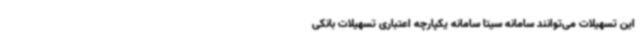
این تسهیلات می‌توانند سامانه سیتا سامانه یکپارچه اعتباری تسهیلات بانکی